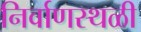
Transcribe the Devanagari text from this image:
निर्वाणस्थळी